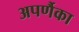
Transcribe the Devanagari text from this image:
अपर्णैका